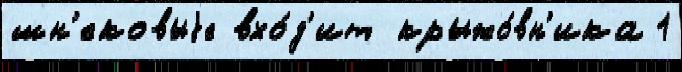
шн'ековыjе вхо́д'ит крыжо́вн'ика 1